Punjab Mental Hospital Lahore 1932-46 - 1932-1946
Year: 1932
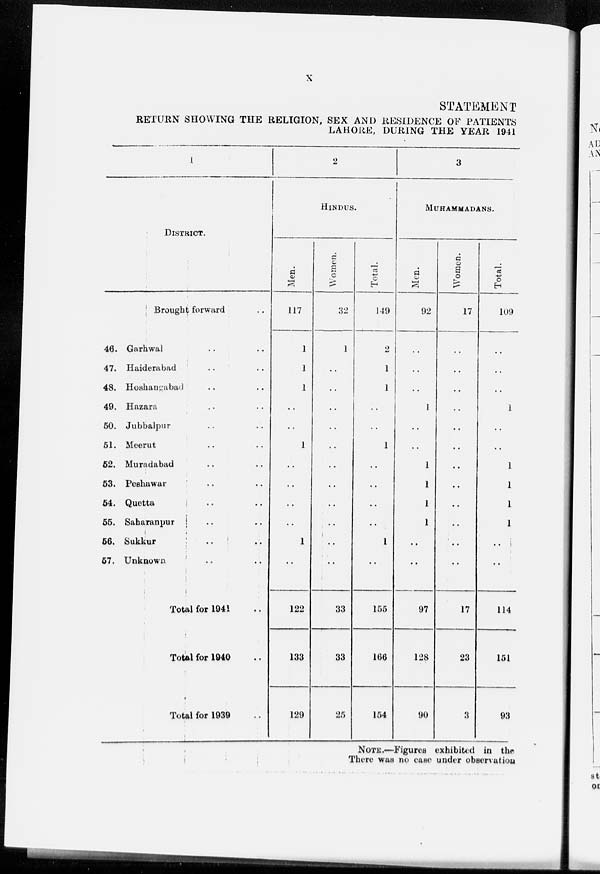
x
STATEMENT
RETURN SHOWING THE RELIGION, SEX AND RESIDENCE OF PATIENTS
LAHORE, DURING THE YEAR 1941
1
DISTRICT.
Brought forward ..
46. Garhwal .. ..
47. Haiderabad .. ..
48. Hoshangrabad .. ..
49. Hazara .. ..
50. Jubbalpur .. ..
51. Meerut .. ..
52. Muradabad .. ..
53. Peshawar .. ..
54. Quetta .. ..
55. Saharanpur .. ..
56. Sukkur .. ..
57. Unknown .. ..
Total for 1941 ..
Total for 1940 ..
Total for 1939 ..
2
HINDUS.
Men.
117
1
1
1
..
..
1
..
..
..
..
1
..
122
133
129
Women.
32
1
..
..
..
..
..
..
..
..
..
..
..
33
33
25
Total.
149
2
1
1
..
..
1
..
..
..
..
1
..
155
166
154
3
MUHAMMADANS.
Men.
92
..
..
..
1
..
..
1
1
1
1
..
..
97
128
90
Women.
17
..
..
..
..
..
..
..
..
..
..
..
..
17
23
3
Total.
109
..
..
..
1
..
..
1
1
1
1
..
..
114
151
93
NOTE.—Figures exhibited in the
There was no case under observation